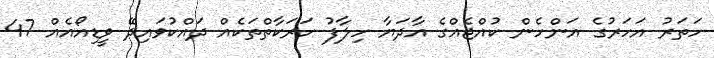
ހަތަރު އަހަރުގެ އަންހެން ކުއްޖެއްގެ އާދަޔާ ހިލާފު ހަރަކާތްތަކެއް ދައްކުވައިދޭ ވީޑިއޯއެއް 47